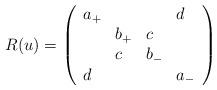
LaTeX: \begin{align*}R(u)=\left(\begin{array}{llll}a_{+}&&&d\\&b_{+}&c&\\&c&b_{-}&\\d&&&a_{-}\end{array}\right)\end{align*}